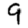
Digit: 9